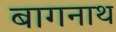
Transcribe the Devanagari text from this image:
बागनाथ